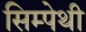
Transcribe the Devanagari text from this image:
सिम्पेथी